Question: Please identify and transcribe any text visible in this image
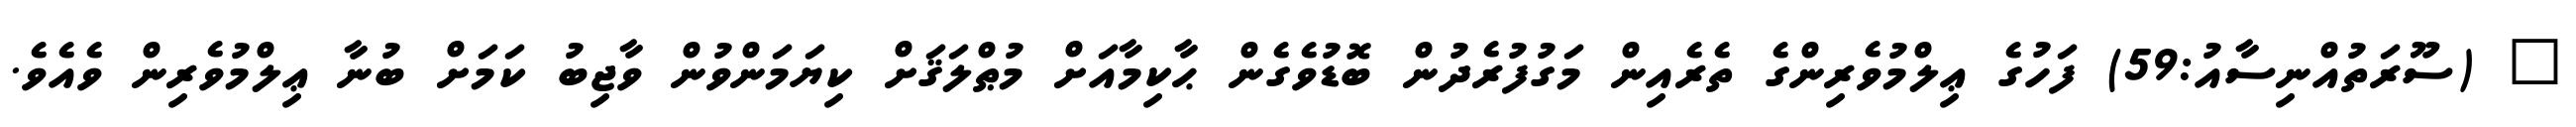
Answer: " (ސޫރަތުއްނިސާއު:59) ފަހުގެ ޢިލްމުވެރިންގެ ތެރެއިން މަގުފުރެދުން ބޮޑުވެގެން ޙާކިމާއަށް މުޠްލަޤަށް ކިޔަމަންވުން ވާޖިބު ކަމަށް ބުނާ ޢިލްމުވެރިން ވެއެވެ.